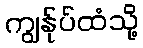
ကျွန်ုပ်ထံသို့